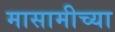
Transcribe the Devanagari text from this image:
मासामीच्या